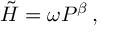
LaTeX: \tilde { H } = \omega P ^ { \beta } \, ,